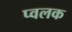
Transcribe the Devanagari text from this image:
प्वलक